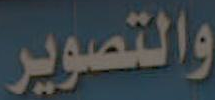
والتصوير